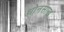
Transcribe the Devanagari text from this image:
धोनसाख